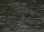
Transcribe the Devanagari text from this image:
युसेफ